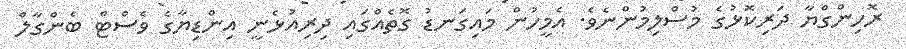
ރޮހިންގްޔާ ދަރިކޮޅުގެ މުސްލިމުންނެވެ. އެމީހުން މައިގަނޑު ގޮތެއްގައި ދިރިއުޅެނީ އިންޑިޔާގެ ވެސްޓް ބެންގާލް